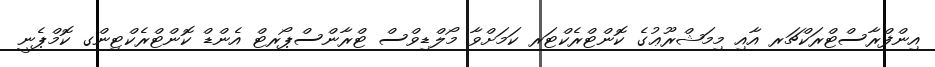
އިންފްރާސްޓްރަކްޗަރ އާއި މިމަޝްރޫޢުގެ ކޮންޓްރެކްޓަރ ކަމަށްވާ މޯލްޑިވްސް ޓްރާންސްޕޯރޓް އެންޑް ކޮންޓްރެކްޓިންގ ކޮމްޕެނީ